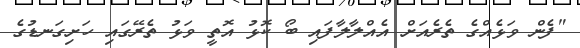
"ފެން ވަޅެއްގެ ތެރެއަށް އެއްލާލާފައި ބޯ ކޮޅު އޮތީ ވަޅު ތެރޭގައި ހަށިގަނޑުގެ